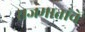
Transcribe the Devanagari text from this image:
राजमातांचे